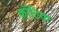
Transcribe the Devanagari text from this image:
क्रॉटिया